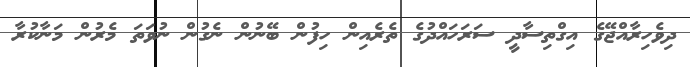
ދިވެހިރާއްޖޭގެ އިގްތިސާދީ ސަރަހައްދުގެ ތެރެއިން ހިފުން ބޭނުން ނެގުން ނުވަތަ މެރުން މަނާކުރާ